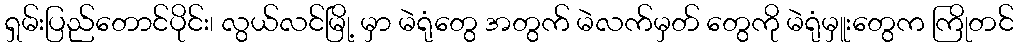
ရှမ်းပြည်တောင်ပိုင်း၊ လွယ်လင်မြို့ မှာ မဲရုံတွေ အတွက် မဲလက်မှတ် တွေကို မဲရုံမှူးတွေက ကြိုတင်